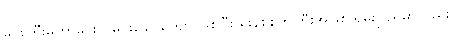
မင်းကြီးမဟာမင်းလှမင်းခေါင်ကျော် ဖြစ်ပြီး မိုးနဲစစ်ကဲကြီးအဖြစ် ရှမ်းပြည်မှာလည်း